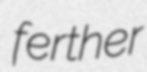
ferther